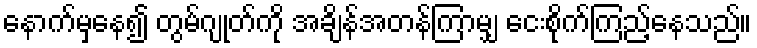
နောက်မှနေ၍ တွမ်ဂျုတ်ကို အချိန်အတန်ကြာမျှ ငေးစိုက်ကြည့်နေသည်။